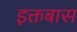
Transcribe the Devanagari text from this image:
इक्तबास